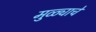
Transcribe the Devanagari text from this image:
मुळ्याचे